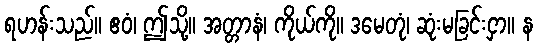
ရဟန်းသည်။ ဧဝံ၊ ဤသို့။ အတ္တာနံ၊ ကိုယ်ကို။ ဒမေတုံ၊ ဆုံးမခြင်းငှာ။ န